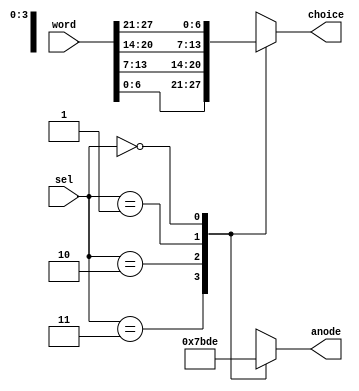
//in: four 8-bit segment codes; 2-bit selector
//out: one of those four, chosen by the selector

/*module letter_mux(  input [6:0] digit_0,
                    input [6:0] digit_1,
                    input [6:0] digit_2,
                    input [6:0] digit_3,
                    input [1:0] sel,
                   output [6:0] choice*/
 
 module letter_mux( input [27:0] word,
                    input [1:0] sel,
                   output reg [6:0] choice,
                   output reg [3:0] anode);

always @ (sel) begin
    case(sel)
        3: begin
             anode = 4'b0111;
             choice = word[6:0]; 
        end
        2: begin
            anode = 4'b1011;
            choice = word[13:7];
        end
        1: begin 
             anode = 4'b1101;
             choice = word[20:14];
        end
        0: begin
             anode = 4'b1110;
             choice = word[27:21];
        end
    endcase
end


endmodule